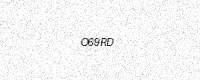
Text: O69RD